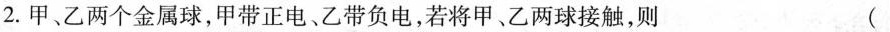
2.甲乙两个金属球，甲带正电、乙带负电，若将甲、乙两球接触，则 ( )